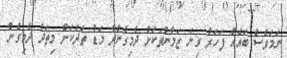
ނަމަވެސް ބައެއް ފަހަރު ގިނަ ޒަމާންތަކަށް ދެމިގެންދާ މަޑު ތަދަކަށް މިތަދު ދެމިގެން